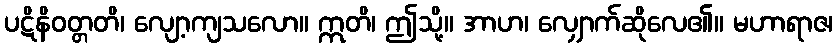
ပဋိနိဝတ္တတိ၊ လျော့ကျသလော။ ဣတိ၊ ဤသို့။ အာဟ၊ လျှောက်ဆိုလေ၏။ မဟာရာဇ၊